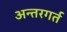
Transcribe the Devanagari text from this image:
अन्तरगर्त